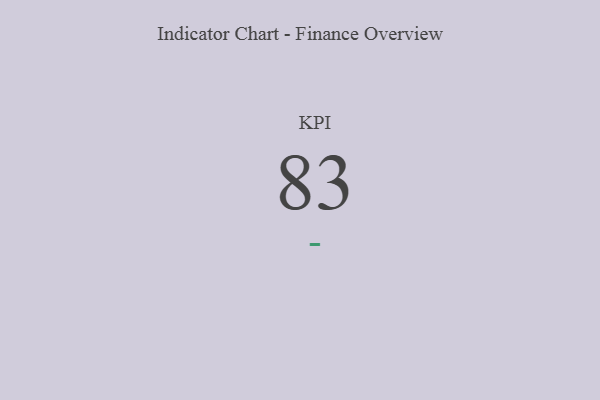
{"axis": {"x": "KPI", "y": "Value"}, "legend": [""], "data": [{"x": "KPI", "y": 83, "type": ""}]}